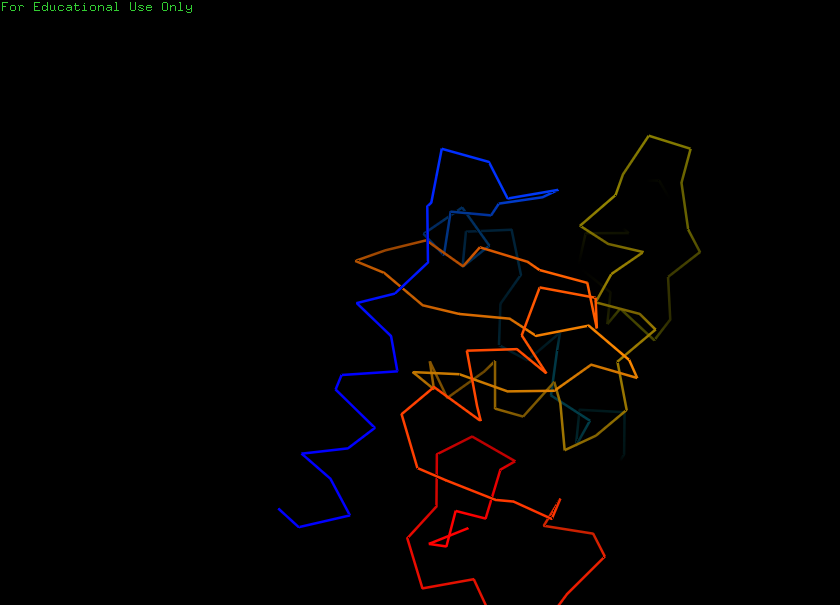
pymol, preset, ligand_sites_trans_hq